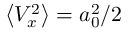
\left< V _ { x } ^ { 2 } \right> = a _ { 0 } ^ { 2 } / 2